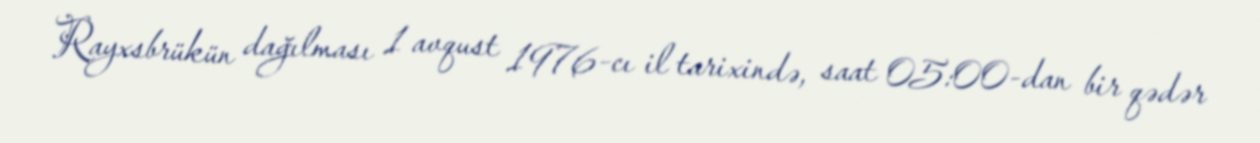
Rayxsbrükün dağılması 1 avqust 1976-cı il tarixində, saat 05:00-dan bir qədər